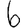
Digit: 6